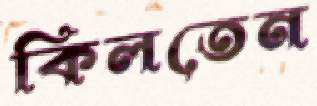
কিলতেন